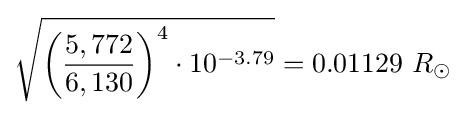
{\sqrt {{\biggl (}{\frac {5,772}{6,130}}{\biggr )}^{4}\cdot 10^{-3.79}}}=0.01129\ R_{\odot }